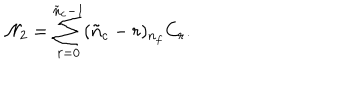
{ \cal N } _ { 2 } = \sum _ { r = 0 } ^ { \tilde { n } _ { c } - 1 } ( \tilde { n } _ { c } - r ) { } _ { n _ { f } } C _ { r } .